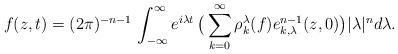
LaTeX: \begin{align*}f(z,t) = (2\pi)^{-n-1}\, \int_{-\infty}^\infty e^{i\lambda t}\, \big(\sum_{k=0}^\infty \rho_k^\lambda(f)e^{n-1}_{k,\lambda}(z,0) \big) |\lambda|^n d\lambda.\end{align*}